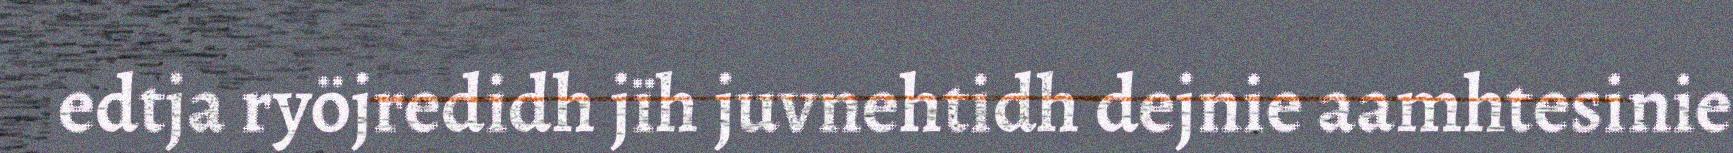
edtja ryöjredidh jïh juvnehtidh dejnie aamhtesinie